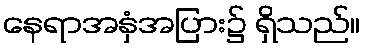
နေရာအနှံအပြား၌ ရှိသည်။